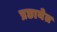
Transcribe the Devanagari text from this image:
प्रछायेत